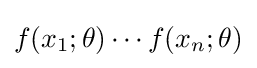
f(x_{1};\theta )\cdots f(x_{n};\theta )